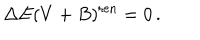
\Delta E ( V + B ) ^ { \mathrm { r e n } } = 0 \, .